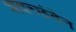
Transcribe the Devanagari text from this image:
शवच्छंदेन